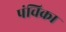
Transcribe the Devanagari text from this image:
पंचिक्रा